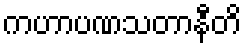
ကဟာပဏသတာနီတိ